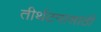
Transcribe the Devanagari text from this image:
तीर्थटनासाठी